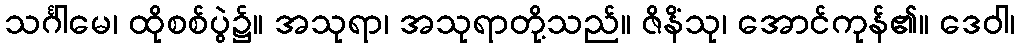
သင်္ဂါမေ၊ ထိုစစ်ပွဲ၌။ အသုရာ၊ အသုရာတို့သည်။ ဇိနိံသု၊ အောင်ကုန်၏။ ဒေဝါ၊